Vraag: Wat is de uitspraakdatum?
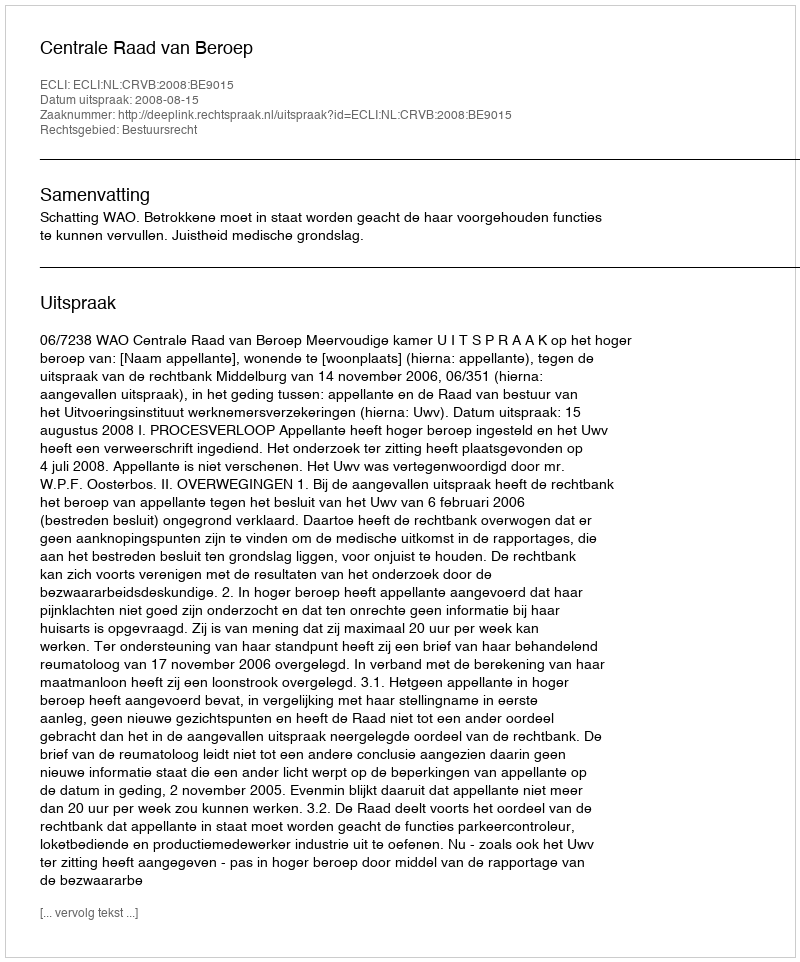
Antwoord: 2008-08-15